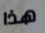
هذا